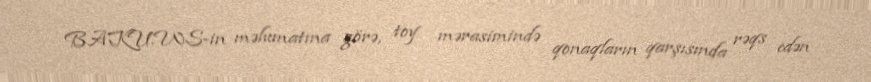
BAKU.WS-in məlumatına görə, toy mərasimində qonaqların qarşısında rəqs edən